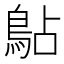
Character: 𫚳